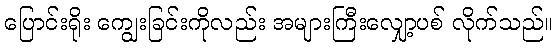
ပြောင်းရိုး ကျွေးခြင်းကိုလည်း အများကြီးလျှော့ပစ် လိုက်သည်။